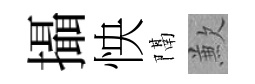
攝怏隔歉